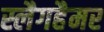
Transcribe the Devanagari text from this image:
स्लैगहैमर